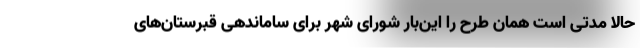
حالا مدتی است همان طرح را این‌بار شورای شهر برای ساماندهی قبرستان‌های